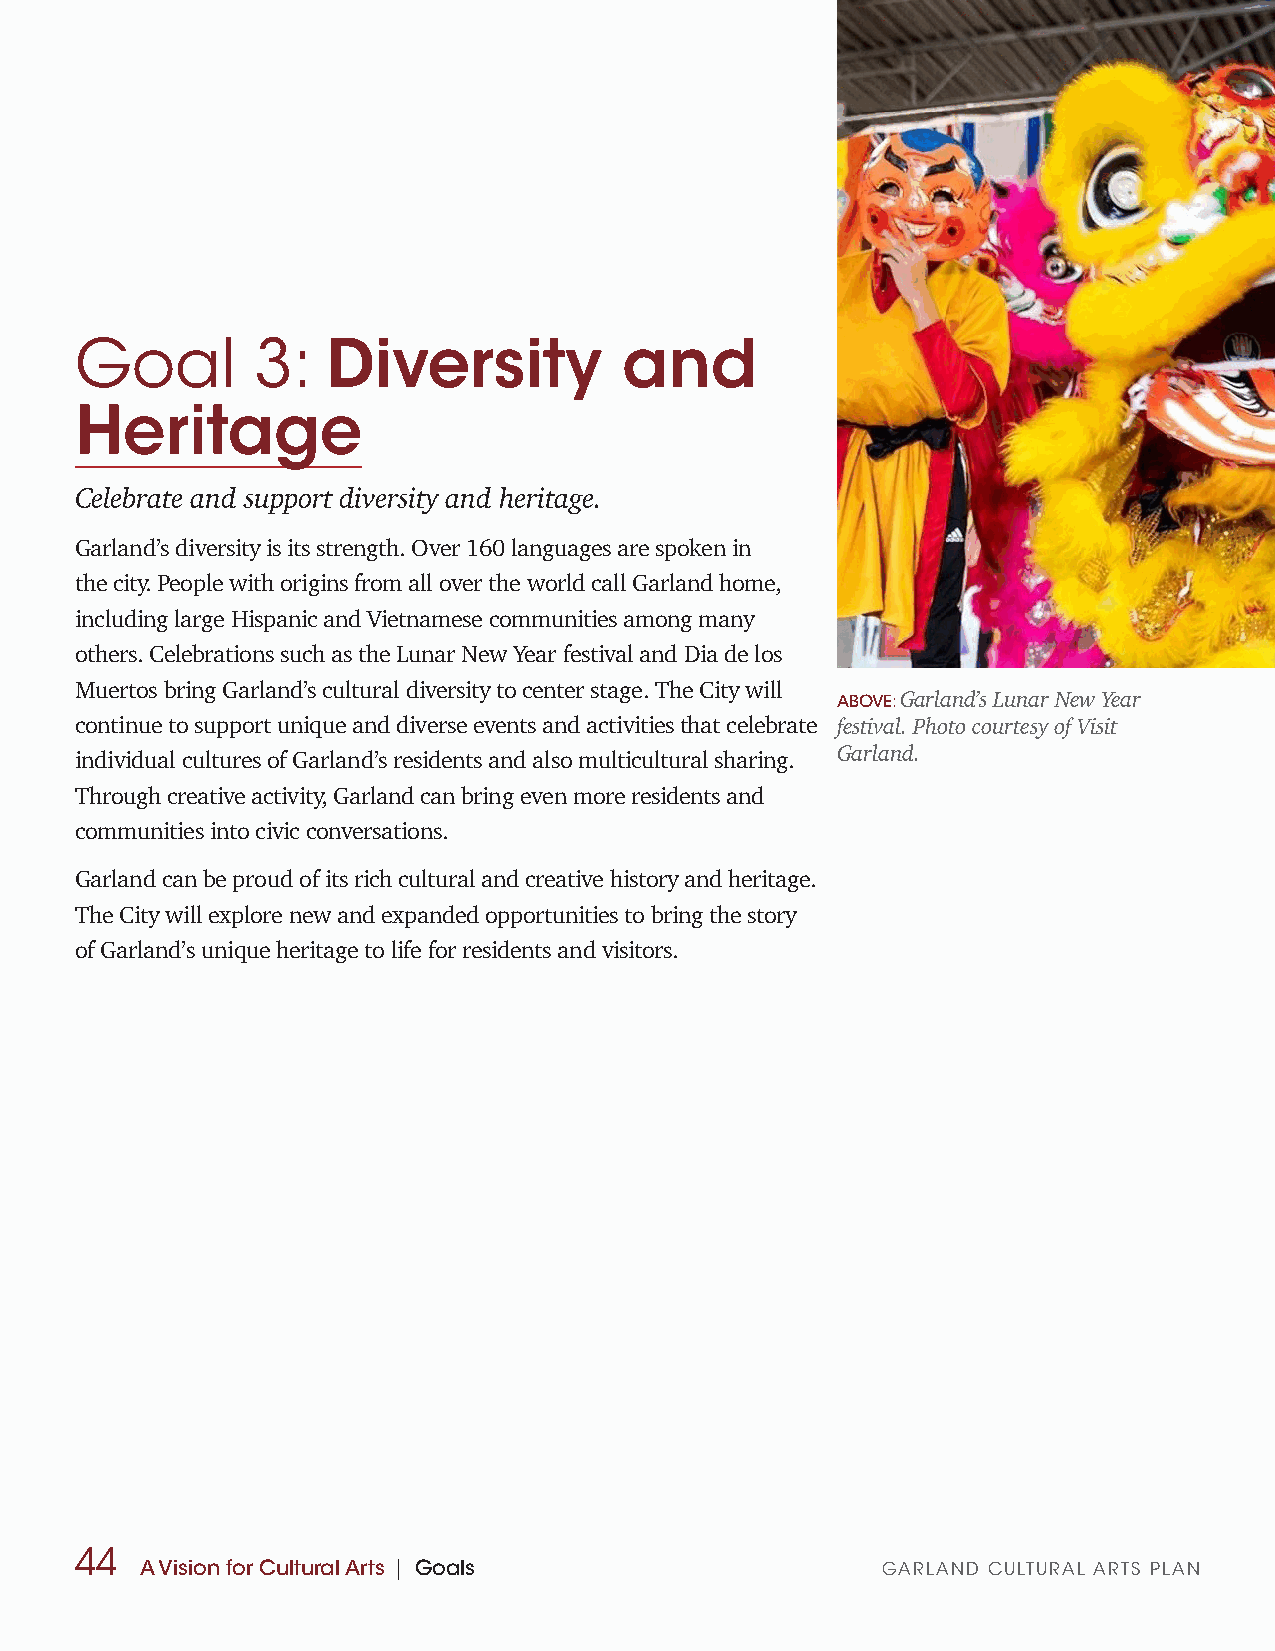
Goal        3:   Diversity          and
 Heritage
 Celebrate and support diversity and heritage.
 Garland’s diversity is its strength. Over 160 languages are spoken in
 the city. People with origins from all over the world call Garland home,
 including large Hispanic and Vietnamese communities among many
 others. Celebrations such as the Lunar New Year festival and Dia de los
 Muertos bring Garland’s cultural diversity to center stage. The City will
 ABOVE: Garland’s Lunar New Year
 continue to support unique and diverse events and activities that celebrate festival. Photo courtesy of Visit
 Garland.
 individual cultures of Garland’s residents and also multicultural sharing.
 Through creative activity, Garland can bring even more residents and
 communities into civic conversations.
 Garland can be proud of its rich cultural and creative history and heritage.
 The City will explore new and expanded opportunities to bring the story
 of Garland’s unique heritage to life for residents and visitors.
 44
 A Vision for Cultural Arts | Goals               GARLAND CULTURAL ARTS PLAN